Civil Veterinary Department. United Provinces 1932-42 - 1932-1942
Year: 1932
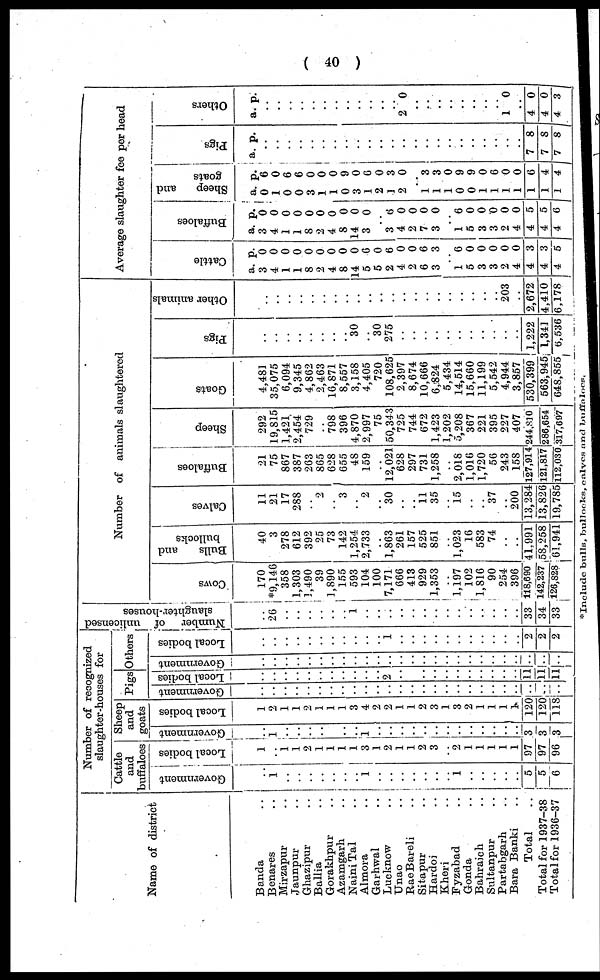
( 40 )
Name of district
Banda ..
Benares
Mirzapur ..
Jaunpur ..
Ghazipur ..
Ballia ..
Gorakhpur ..
Azamgarh ..
Naini Tal ..
Almora ..
Garhwal ..
Lucknow ..
Unao ..
Rae Bareli ..
Sitapur ..
Hardoi ..
Kheri ..
Fyzabad ..
Gonda ..
Bahraich ..
Sultanpur ..
Partabgarh ..
Bara Banki ..
Total ..
Total for 1937-38
Total for 1936-37
Number of recognized
slaughter-houses for
Cattle
and
buffaloes
Government
..
1
..
..
..
..
..
..
..
1
..
..
..
..
..
..
..
1
..
..
..
..
..
5
5
6
Local bodies
1
..
1 1
2
1
1
1
1
3
1
2
1
1
2
3
..
2
1
1
1
1
1
97
97
96
Sheep
and
goats
Government
..
1
..
..
..
..
..
..
..
..
..
..
..
.. ..
.. ..
.. ..
.. ..
.. ..
..
..
..
..
..
3
3
3
Local bodies
1
2
1 1
2
1
i
1
3
4
2
2
7 1
2
3
J
3
2
1
1
1
1
120
120
118
Pigs
Government
..
..
..
..
..
..
..
..
..
..
..
..
..
..
..
..
..
..
..
..
..
..
..
..
..
..
Local bodies
..
..
..
..
..
..
..
..
..
..
..
..
..
..
..
..
..
..
..
..
..
..
..
11
11
11
Others
Government
..
..
..
..
..
..
..
..
..
..
..
..
..
..
..
..
..
..
..
..
..
..
..
..
..
..
Local bodies
..
..
..
..
..
..
..
..
..
..
..
..
..
..
..
..
..
..
..
..
..
..
..
2
2
2
Number of unlicensed
slaughter-houses
..
26
..
..
..
..
..
..
..
..
..
..
..
..
..
..
..
..
..
..
..
..
..
33
34
33
Number of animals slaughtered
Cows
170
*9,146
358
1,303
1,490
39
1,890
155
593
104
100
7,171
666
413
929
1,363
..
1,197
102
1,816
90
254
396
118,690
142,237
126,828
Bulls
and
bullocks
40
3
278
612
392
25
73
142
1,254
2,733
..
1,863
261
157
525
851
..
1,023
16
583
74
..
..
41,991
58,258
61,941
Calves
11
21
17
288
..
2
..
3
..
2
..
30
..
..
11
35
..
15
..
..
37
..
200
13,284
13,826
19,785
Buffaloes
21
75
867
387
263
865
628
655
48
159
..
12,021
628
297
731
1,258
..
2,018
1,016
1,720
56
243
158
127,914
121,817
112,030
Sheep
292
19,815
1,421
2,454
729
..
798
396
4,870
2,997
75
50,343
725
744
672
1,423
1,202
5,208
367
221
395
227
407
244,810
286,654
317,697
Goats
4,481
35,075
6,094
9,345
4,862
2,463
16,871
8,557
3,158
4,405
720
108,625
2,397
8,674
10,666
6,824
5,434
14,514
15,660
11,199
5,542
4,944
3,857
530,399
563,945
648,855
Pigs
..
..
..
..
..
..
..
..
30
..
30
275
..
..
..
..
..
..
..
..
..
..
..
1,222
1,341
6,536
Other animals
..
..
..
..
..
..
..
..
..
..
..
..
..
..
..
..
..
..
..
..
..
203
..
2,672
4,410
6,178
Average slaughter fee per head
Cat t l e
a.
3
4
1
1
8
2
4
8
14
5
5
2
4
2
6
3
p.
0
0
0
0
0
0
0
0
0
6
0
6
0
0
6
3
..
1
5
3
3
2
4
4
4
4
6
0
0
0
0
0
3
3
5
Buffaloes
a.
3
4
1
1
8
2
4
8
14
3
p.
0
0
0
0
0
0
0
0
0
0
..
3
4
2
7 3
6
0
0
0 0
..
1
5
3
3
2
4
4
4
4
6
0
0
0
0
0
5
5
6
Sheep and
goats
a.
0
1
0
0
3
1
1
0
3
1
2
1
2
p.
6
0
6
6
0
0
0
9
0
6
0
3
0
..
1
1
1
0
0
1
1
1
1
1
1
1
3
3
0
9
9
0
6
0
0
6
4
4
Pigs
a. p.
..
..
..
..
..
..
..
..
..
..
..
..
..
..
..
..
..
..
..
..
..
..
..
7
7
7
8
8
8
Ot her s
a. p.
..
..
..
..
..
..
..
..
..
..
..
..
2 0
..
..
..
..
..
..
..
..
1 0
..
4
4
4
0
0
3
*Include bulls, bullocks,
calves
and buffaloes.